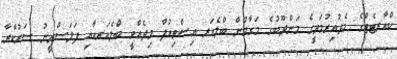
ކްއާރޓެޓްގެ މެދުއިރުމަތީގެ މަންދޫބުގެ މަގާމުން ބްލެއަރ އިސްތިއުފާ މިދެއްވީ ބްލެއަރއާއި ފަލަސްތީނު ސަރުކާރާ